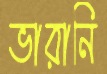
ভারানি